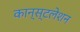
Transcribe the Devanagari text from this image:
कान्स्टलेशन